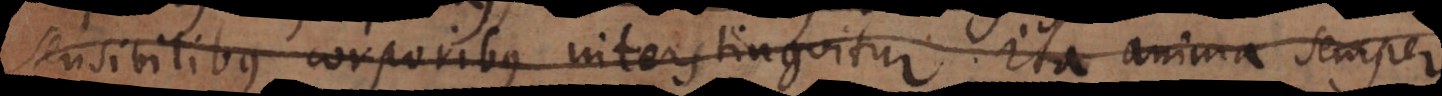
sensibilibus corporibus interstinguatur; ita si